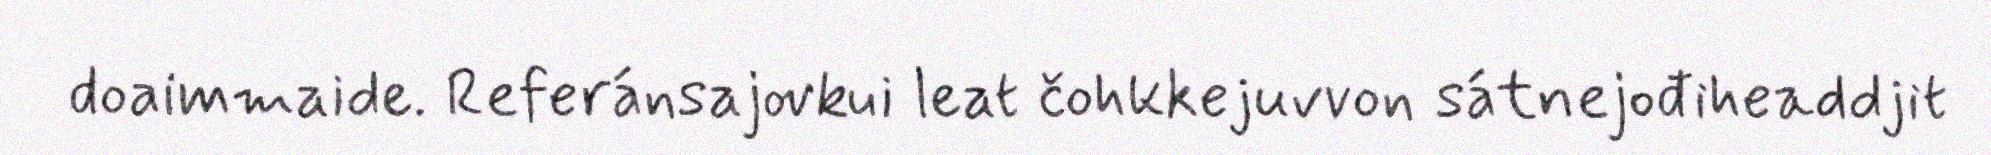
doaimmaide. Referánsajovkui leat čohkkejuvvon sátnejođiheaddjit